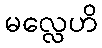
မလ္လေဟိ